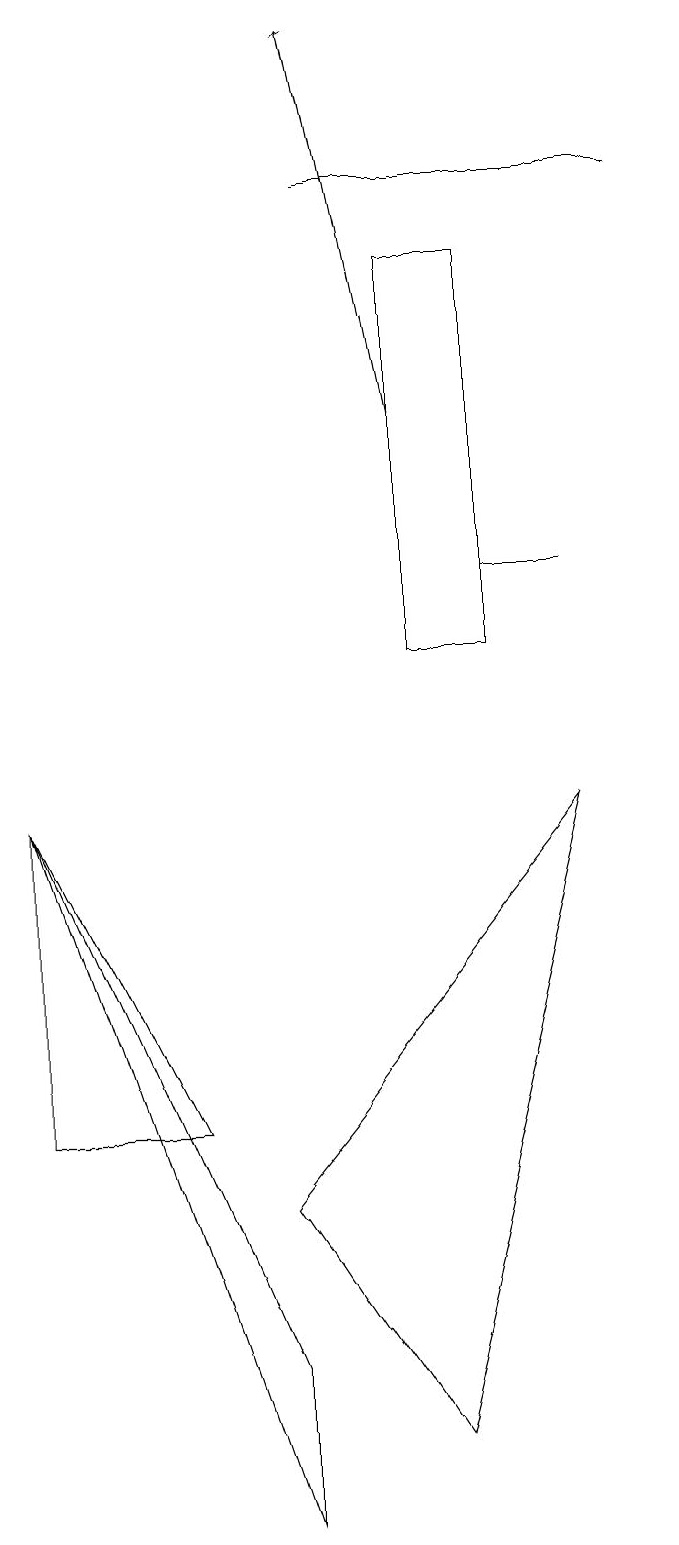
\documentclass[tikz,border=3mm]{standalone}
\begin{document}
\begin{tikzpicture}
\draw[->] (6,14) -- (5,19);
\draw (7,12) rectangle (8,12);
\draw (8,9) -- (6,1) -- (4,4) -- cycle;
\draw (7,16) rectangle (6,11);
\draw (4,2) -- (1,9) -- (4,0) -- cycle;
\draw (1,9) -- (3,5) -- (1,5) -- cycle;
\draw (5,17) rectangle (9,17);
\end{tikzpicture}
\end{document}